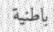
باطنية